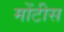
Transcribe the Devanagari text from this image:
मोंटीस